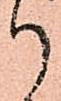
御